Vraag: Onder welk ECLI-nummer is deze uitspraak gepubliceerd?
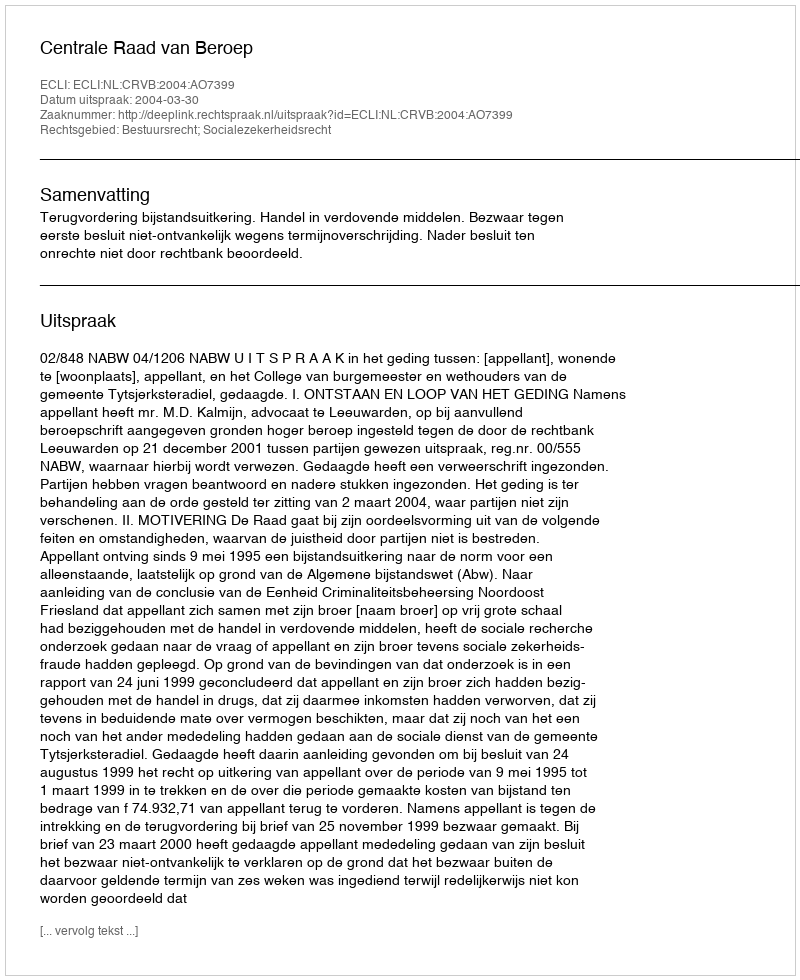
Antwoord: ECLI:NL:CRVB:2004:AO7399